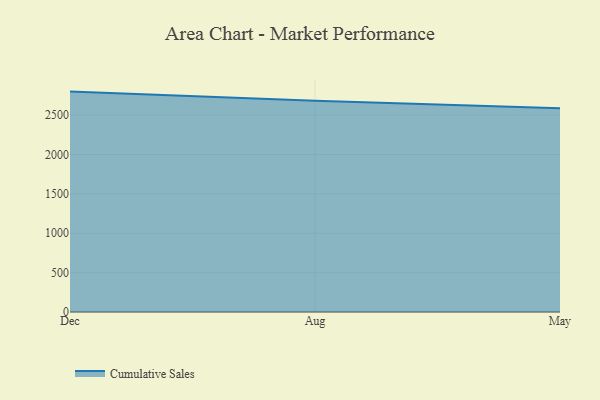
{"axis": {"x": "Month", "y": "Churn Rate (%)"}, "legend": ["Cumulative Sales"], "data": [{"x": "Dec", "y": 2798.4, "type": "Cumulative Sales"}, {"x": "Aug", "y": 2683.4, "type": "Cumulative Sales"}, {"x": "May", "y": 2586.3, "type": "Cumulative Sales"}]}